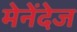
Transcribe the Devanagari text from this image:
मेनेंदेज